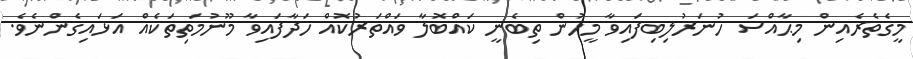
މީގެތެރެއިން މިޙާއްސަ ހުނަރުލިބިފައިވާ މީހުން ތިބެނީ ކައްބޮލާ ވައްތަރުކޮއް ހަދާފައިވާ މޫނުމަތިތަކެއް އަޅައިގެންނެވެ.